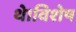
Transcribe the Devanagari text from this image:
थे।विशेष